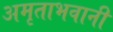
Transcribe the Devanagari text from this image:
अमृताभवानी